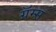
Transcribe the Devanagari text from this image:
ग्रॅम्स